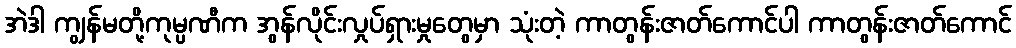
အဲဒါ ကျွန်မတို့ကုမ္ပဏီက အွန်လိုင်းလှုပ်ရှားမှုတွေမှာ သုံးတဲ့ ကာတွန်းဇာတ်ကောင်ပါ ကာတွန်းဇာတ်ကောင်